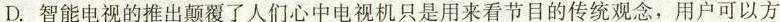
D. 智能电视的推出颠覆了人们心中电视只是用来看节目的传统观念，用户可以方